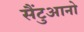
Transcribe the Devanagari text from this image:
सैंटुआनो